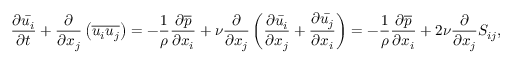
{ \frac { \partial { \bar { u _ { i } } } } { \partial t } } + { \frac { \partial } { \partial x _ { j } } } \left( { \overline { { u _ { i } u _ { j } } } } \right) = - { \frac { 1 } { \rho } } { \frac { \partial { \overline { { p } } } } { \partial x _ { i } } } + \nu { \frac { \partial } { \partial x _ { j } } } \left( { \frac { \partial { \bar { u _ { i } } } } { \partial x _ { j } } } + { \frac { \partial { \bar { u _ { j } } } } { \partial x _ { i } } } \right) = - { \frac { 1 } { \rho } } { \frac { \partial { \overline { { p } } } } { \partial x _ { i } } } + 2 \nu { \frac { \partial } { \partial x _ { j } } } S _ { i j } ,